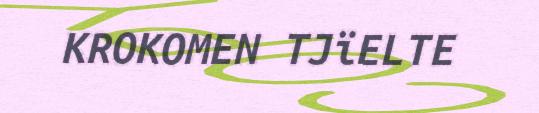
KROKOMEN TJïELTE